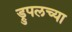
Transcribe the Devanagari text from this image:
ड्रुपलच्या